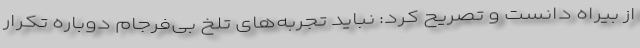
از بیراه دانست و تصریح کرد: نباید تجربه‌های تلخ بی‌فرجام دوباره تکرار